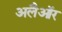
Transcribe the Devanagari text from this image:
अलैऑर